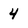
Character: 4